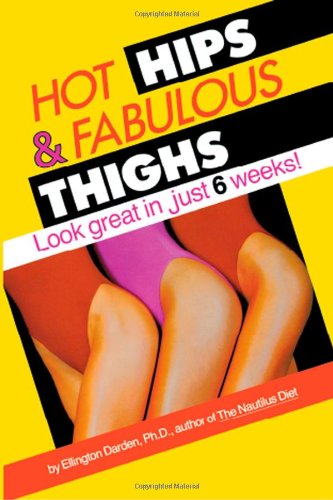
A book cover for Hot Hips and Fabulous Thighs: Look Great in Just 6 Weeks; Ellington Darden; Health, Fitness & Dieting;